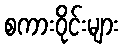
စကားဝိုင်းများ